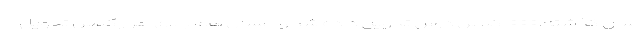
سال گذشته،۱۰۰۰ کلاس درس تحویل داده شد و امسال هم بالای هزار کلاس تحویل